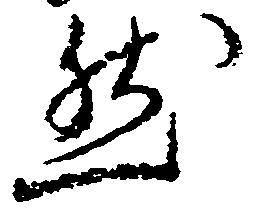
然